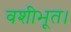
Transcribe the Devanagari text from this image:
वशीभूत।